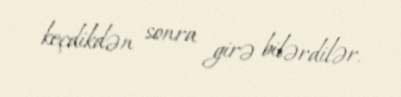
keçdikdən sonra girə bilərdilər.